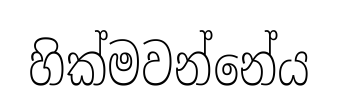
හික්මවන්නේය